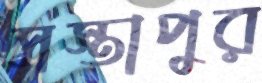
সস্তাপুর